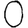
Digit: 0